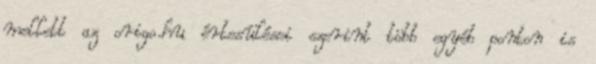
mellett az origo.hu értesülései szerint több egyéb ponton is